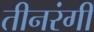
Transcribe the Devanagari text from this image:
तीनरंगी